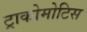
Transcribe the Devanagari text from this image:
ट्राकोमोटिस